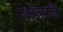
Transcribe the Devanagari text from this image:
सॉबनि